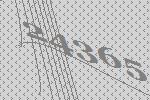
24365